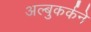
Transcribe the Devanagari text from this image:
अल्बुकर्कने